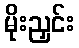
မိုးညှင်း